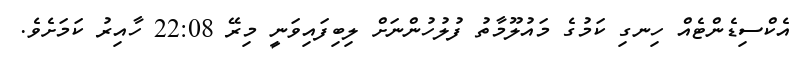
އެކްސިޑެންޓެއް ހިނގި ކަމުގެ މައުލޫމާތު ފުލުހުންނަށް ލިބިފައިވަނީ މިރޭ 22:08 ހާއިރު ކަމަށެވެ.